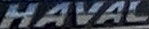
HAVAL